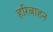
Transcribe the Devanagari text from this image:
हरिबाहन